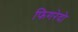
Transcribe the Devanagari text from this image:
फिगरेदो